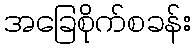
အခြေစိုက်စခန်း